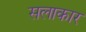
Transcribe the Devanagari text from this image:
सलाकार